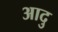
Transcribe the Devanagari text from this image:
आदु